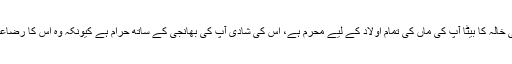
جواب: آپ کی خالہ کا بیٹا آپ کی ماں کی تمام اولاد کے لیے محرم ہے، اس کی شادی آپ کی بھانجی کے ساتھ حرام ہے کیونکہ وہ اس کا رضاعی ماموں ہے۔